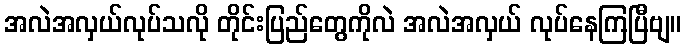
အလဲအလှယ်လုပ်သလို တိုင်းပြည်တွေကိုလဲ အလဲအလှယ် လုပ်နေကြပြီဗျ။